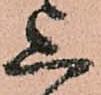
上